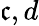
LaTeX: \mathfrak{c},d